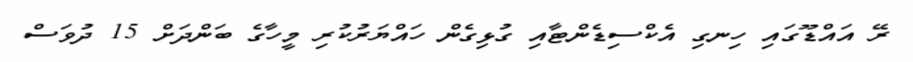
ރޭ އައްޑޫގައި ހިނގި އެކްސިޑެންޓާއި ގުޅިގެން ހައްޔަރުކުރި މީހާގެ ބަންދަށް 15 ދުވަސް